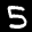
Label: 5